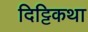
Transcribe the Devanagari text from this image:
दिट्टिकथा